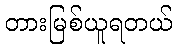
တားမြစ်ယူရတယ်